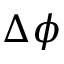
\Delta \phi